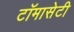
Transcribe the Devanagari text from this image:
टाॅमासेटी